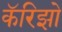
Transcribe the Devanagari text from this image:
कॅरिझो